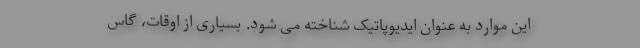
این موارد به عنوان ایدیوپاتیک شناخته می شود. بسیاری از اوقات، گاس